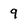
Character: 9